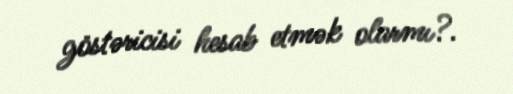
göstəricisi hesab etmək olarmı?.